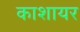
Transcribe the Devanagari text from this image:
काशायर